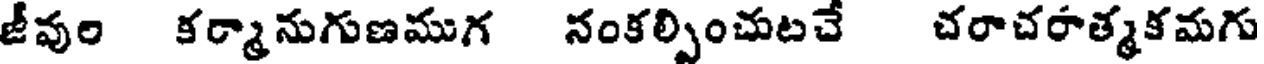
జీవుల కర్మానుగుణముగ నంకల్పించుటచే చరాచరాత్మకమగు